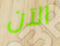
الآن